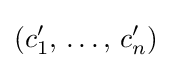
(c_{1}',\,\ldots ,\,c_{n}')